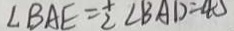
\angle B A E = \frac { 1 } { 2 } \angle B A D = 4 0 ^ { \circ }